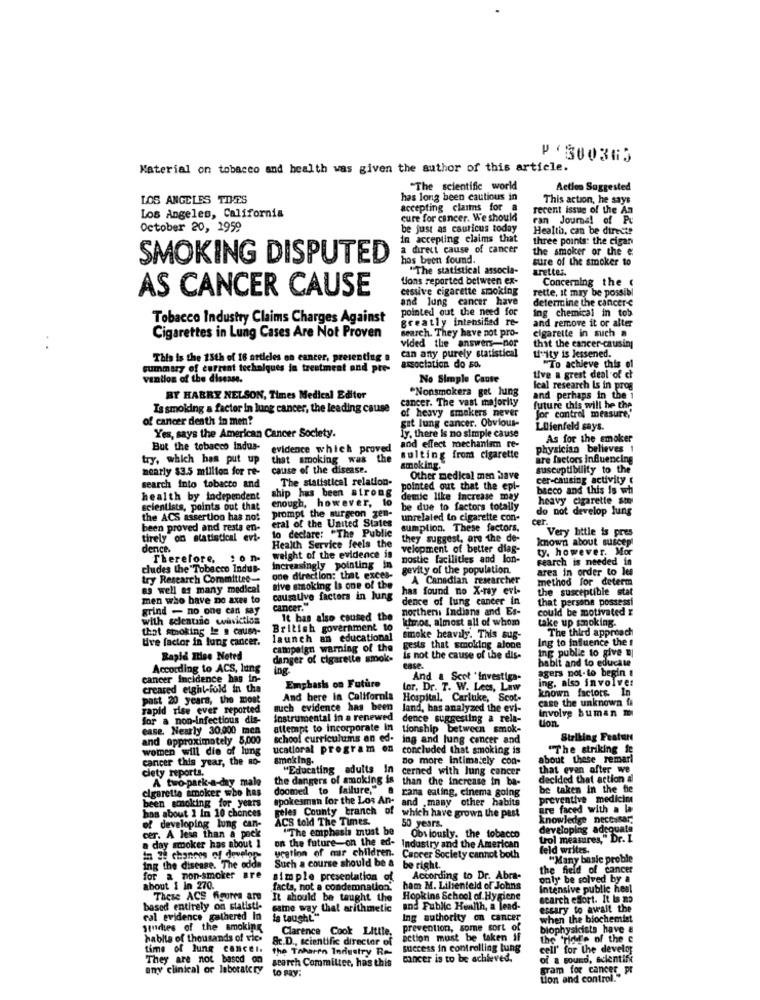
P '300363
Material on tobacco and health was given the author of this article.
"The scientific world
Action Suggested
LOS ANGELES TIMES
has long been cautious in
This action, he says
accepting claims for a
recent issue of the An
Los Angeles, California
cure for cancer. We should
ran Journal of Pu
October 20, 1959
be just as cauricus today
Health, can be directe
in accepting claims that
three points: the cigan
a direct cause of cancer
the smoker or the e
SMOKING DISPUTED
has been found.
sure of the smoker to
"The statistical associa-
arettes.
tions reported between ex-
Concerning the (
AS CANCER CAUSE
cessive cigarette smoking
rette, it may be possibl
and lung cancer have
determine the cancer-e
pointed out the need for
ing chemical in tob
Tobacco Industry Claims Charges Against
greatly intensified re-
and remove it or alter
search. They have not pro-
cigarette in such a
Cigarettes in Lung Cases Are Not Proven
vided the answers-nor
that the cancer-causing
can any purely statistical
This is the 15th of 16 articles on cancer, presenting a
Hvity is lessened.
summary of current techniques in treatment and pre-
association do so.
Live a great deal of ch
"To achieve this ol
vention of the disease.
No Simple Cause
"Nonsmokera get lung
Ical research is in prog
BY HABRY NELSON, Times Medical Editor
cancer. The vast majority
and perhaps in the 1
Is smoking a factor in lung cancer, the leading cause
of heavy smokers never
Jor control measure,'
future this will he the
of cancer death in men?
git lung cancer. Obvious-
LDlienfeld says.
Yes, says the American Cancer Society.
ly, there is no simple cause
As for the smoker
But the tobacco Indus-
evidence which proved
and effect mechanism re-
physician believes 1
try, which has put up
that smoking was
the
sulting from cigarette
are factors influencing
nearly $3.5 million for re-
cause of the disease.
smoking.
susceptibility to the
The statistical relation-
Other medical men have
cer-causing activity
search into tobacco and
ship has been atrong
pointed out that the epl-
bacco and this Is wh
health by independent
enough, however, to
demic like increase may
heavy cigarette smi
scientists, points out that
prompt the surgeon gen-
be due to factors totally
do not develop lung
the ACS assertion has not
eral of the United States
unrelated to cigarette con-
cer.
been proved and resta en-
lo declare: "The Public
sumption. These factors,
tirely on statistical evi-
they suggest, ore the de-
known about suscep!
Very little is pres
dence.
Health Service feels the
velopment of better diag-
ty. however. Mor
Therefore, : on-
: o n.
weight of the evidence is
nostic facilities and lon-
search is needed in
cludes the Tobacco Indus-
Increasingly pointing in
gevity of the population.
area in order to les
try Research Committee-
one direction: that exces-
A Canadian researcher
method for determ
as well as many medical
sive smoking Is one of the
has found no X-ray evi-
the susceptible stat
men who have no axes to
causative factors in lung
dence of lung cancer in
that persone possessi
grind - no one can say
cancer.
nosthers Indians and Es-
could be motivated x
with selentine waviction
It bas also caused the
kimros, almost all of whom
take up smoking.
that smoking Iz @ causa-
British government to
The third approach
Ure factor in lung cancer.
launch an educational
smoke heavily. This sug-
Ing to influence the s
campaign warning of the
gests that smoking alone
ing publie to give
Rapid Itise Noted
danger of cigarette smok-
is not the cause of the dis-
habit and to educate
According to ACS, lung
agers not.to begin &
cancer Incidence hag in-
And a Scot ' investiga-
ing. also involves
creased eight-fold in the
Emphasis on Future
lor. Dr. T. W. Lets, Law
known factors. In
past 20 years, the most
And here In California
Hospital, Carluke, Scot-
case the unknown fa
rapid rise ever reported
such evidence has been
land, has analyzed the evi-
Involve buman mi
for a non-infectious dis-
Instrumental in a renewed
dence suggesting a rela-
ton.
ease. Nearly 30,000 mnen
attempt to incorporate In
tionship between smok-
and approximately 5,000
school curriculums an ed-
ing and lung cancer and
Striking Feature
women will die of lung
ucatioral program on
concluded that smoking is
"The striking ic
cancer this year, the Ro-
smoking.
Do more Intimately con-
about these remari
"Educating adults In
Cerned with lung cancer
that even after we
clety reports.
A two-park-a-day male
the dangers of smoking is
than the increase in ba-
decided that action al
cigarette smoker who has
doomed to failure."
cana eating, cinema going
be taken in the bie
spokesman for the Los An- and . many other habits
preventive medicine
been smoking for years
has about 1 In 10 chances
are faced with a la
Feles County branch of which have grown the past
ACS told The Times.
knowledge necessar,
of developing lung can-
"The emphasis must be
50 years.
developing adequate
a day smoker has about 1
cer. A less than a pack
on the future-on the ed-
Obviously. the tobacco
Lol measures," Dr. L.
uration of mr children.
Industry and the American
feld writes.
a Je chances of develop
Cancer Society cannot both
"Many basie proble
ing the disease. The odda
Such a course should be & be right.
be right.
the field of cancer
for a non-smoker are
simple presentation of
According to Dr. Abra-
only be solved by a
about 1 In 270.
facts, not a condemnation.
ham M. Lihenteld of Johns
Intensive public heal
These ACS figures are
It should be taught the
Hopkins School of Hygiene
search effort. It Is no
based entirely on statisti-
same way that arithmetic
and Public Health, a lead-
essary to await the
cal evidence gathered In
is taught"
Ing authority on cancer
when the biochemist
studies of the smoking
Clarence Cook Little,
prevention, some sort of
biophysicists have a
hablta of thousands of vic.
8c.D ., scientific director of
action must be taken if
the 'ridde of the e
time of lung cancer.
the Taharen Industry Re-
success in controlling tung
cell' for the develop
They are not based on
search Committee, has this
cancer is to be achieved.
of a sound, scientifi
any clinical of laboratory
to say:
gram for cancer pr
Lion and control.